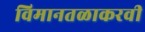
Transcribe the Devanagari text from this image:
विमानतळाकरवी